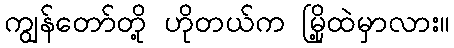
ကျွန်တော်တို့ ဟိုတယ်က မြို့ထဲမှာလား။